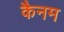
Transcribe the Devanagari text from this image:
कैनम